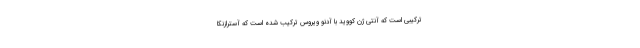
ترکیبی است که آنتی ژن کووید با آدنو ویروس ترکیب شده است که آسترازنکا